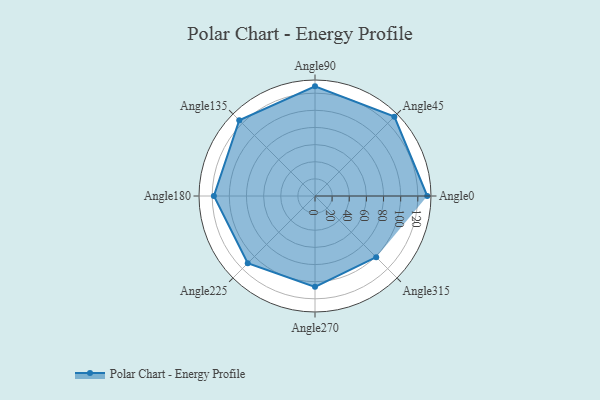
{"axis": {"x": "Angle", "y": "Radius"}, "legend": [""], "data": [{"x": "Angle0", "y": 131.0, "type": ""}, {"x": "Angle45", "y": 131.0, "type": ""}, {"x": "Angle90", "y": 128.0, "type": ""}, {"x": "Angle135", "y": 125.0, "type": ""}, {"x": "Angle180", "y": 118.0, "type": ""}, {"x": "Angle225", "y": 111.0, "type": ""}, {"x": "Angle270", "y": 106.0, "type": ""}, {"x": "Angle315", "y": 101.0, "type": ""}]}